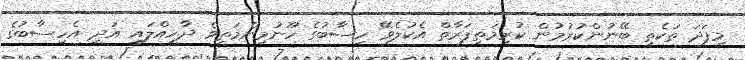
މިފަދަ ތަކެތި ބޭނުންކުރުމުން ކުރިމަތިފަރާތް އެކުލެވޭ ހިސާބުގެ ހޫނުމިންމަތިވެ ދާހިއްލައި އަދި އެހިސާބުގެ